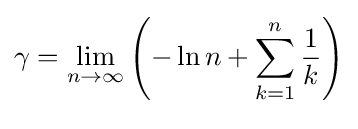
{\begin{aligned}\gamma &=\lim _{n\to \infty }\left(-\ln n+\sum _{k=1}^{n}{\frac {1}{k}}\right)\\[5px]\end{aligned}}